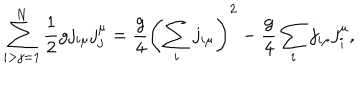
LaTeX: \sum _ { i > j = 1 } ^ { N } { \frac { 1 } { 2 } } g j _ { i \mu } j _ { j } ^ { \mu } = \frac { g } { 4 } \left( \sum _ { i } j _ { i \mu } \right) ^ { 2 } - \frac { g } { 4 } \sum _ { i } j _ { i \mu } j _ { i } ^ { \mu } ,